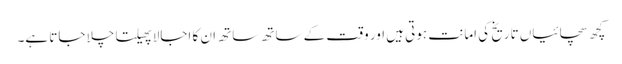
کچھ سچائیاں تاریخ کی امانت ہوتی ہیں اور وقت کے ساتھ ساتھ ان کا اجالا پھیلتا چلا جاتا ہے۔